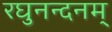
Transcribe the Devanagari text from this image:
रघुनन्दनम्‌